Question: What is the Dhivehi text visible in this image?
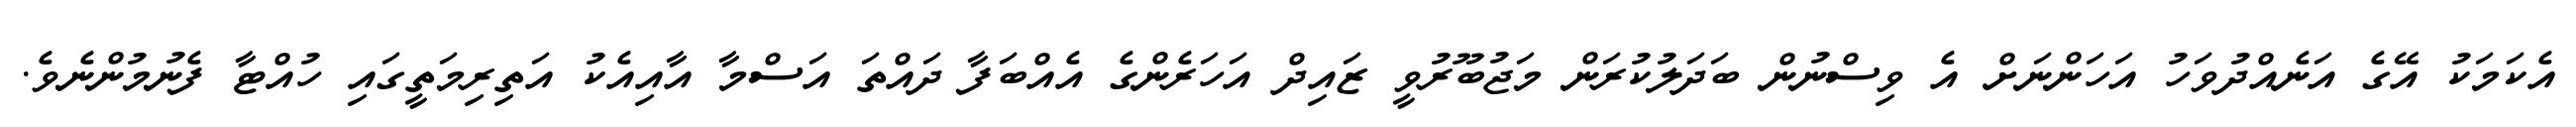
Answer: އެކަމަކު އޭގެ އަނެއްދުވަހު އަހަންނަށް އެ ވިސްނުން ބަދަލުކުރަން މަޖުބޫރުވީ ޒައިދް އަހަރެންގެ އެއްބަފާ ދައްތަ އަސްމާ އާއިއެކު އަތިރިމަތީގައި ހުއްޓާ ފެނުމުންނެވެ.